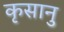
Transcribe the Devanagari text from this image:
कृसानु